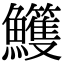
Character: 𩽕